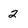
Character: 2